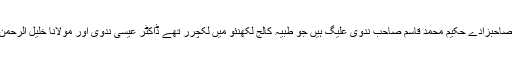
حکیم سید نور الدین صاحب کے بڑے صاحبزادے حکیم محمد قاسم صاحب ندوی علیگ ہیں جو طبیہ کالج لکھنئو میں لکچرر تھے ڈاکٹر عیسی ندوی اور مولانا خلیل الرحمٰن سجاد نعمانی کے کلاس ساتھی تھے ۔